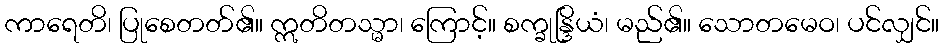
ကာရေတိ၊ ပြုစေတတ်၏။ ဣတိတသ္မာ၊ ကြောင့်။ စက္ခုန္ဒြိယံ၊ မည်၏။ သောတမေဝ၊ ပင်လျှင်။